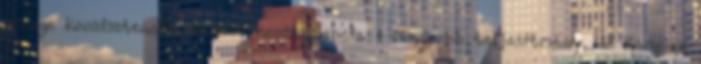
gyenge konzisztencia, feloldó konzisztencia ● Nagyobb teljesítmény, de komplex